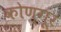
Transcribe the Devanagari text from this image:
कोण्गूर